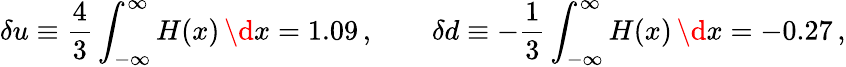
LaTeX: \delta u\equiv\frac 43\int_{-\infty}^{\infty}H(x)\, \d x=1.09\, ,\qquad\delta d\equiv-\frac 13\int_{-\infty}^{\infty}H(x)\, \d x=-0.27\, ,